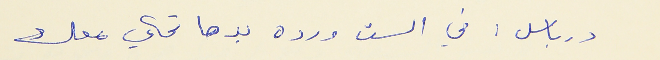
درباس : في الست ورده بدها تحكي معك